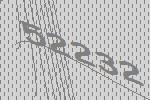
52232